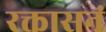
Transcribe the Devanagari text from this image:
रक्तासनं